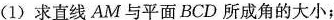
(1)求直线AM与平面BCD所成角的大小；